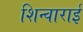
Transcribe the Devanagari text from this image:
शिन्वाराई